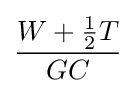
{\frac {W+{\frac {1}{2}}T}{GC}}